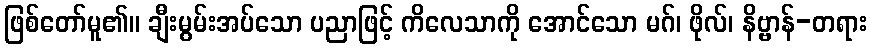
ဖြစ်တော်မူ၏။ ချီးမွမ်းအပ်သော ပညာဖြင့် ကိလေသာကို အောင်သော မဂ်၊ ဖိုလ်၊ နိဗ္ဗာန်-တရား